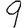
Digit: 9